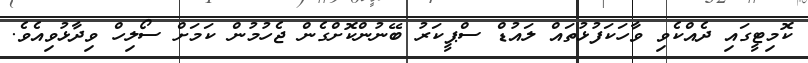
ކޮމިޓީގައި ދެއްކެވި ވާހަކަފުޅުތައް ލައުޑް ސްޕީކަރު ބޭނުންކޮށްގެން ޖެހުމުން ކަމަށް ސޯލިހް ވިދާޅުވިއެވެ.